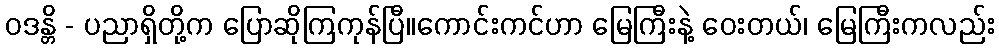
ဝဒန္တိ - ပညာရှိတို့က ပြောဆိုကြကုန်ပြီ။ကောင်းကင်ဟာ မြေကြီးနဲ့ ဝေးတယ်၊ မြေကြီးကလည်း